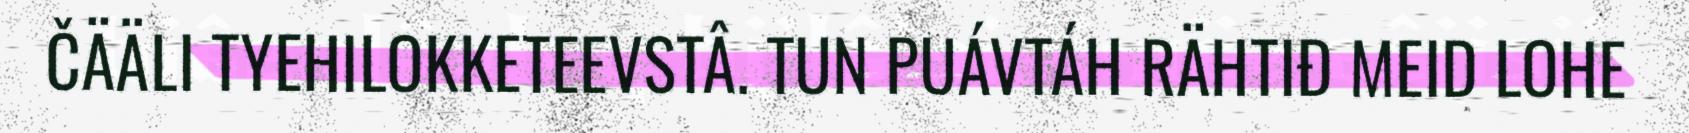
ČÄÄLI TYEHILOKKETEEVSTÂ. TUN PUÁVTÁH RÄHTIĐ MEID LOHE